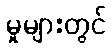
မှုများတွင်